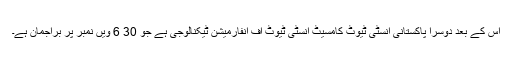
اس کے بعد دوسرا پاکستانی انسٹی ٹیوٹ کامسیٹ انسٹی ٹیوٹ آف انفارمیشن ٹیکنالوجی ہے جو 30 6 ویں نمبر پر براجمان ہے۔